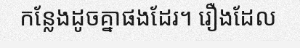
កន្លែងដូចគ្នាផងដែរ។ រឿងដែល